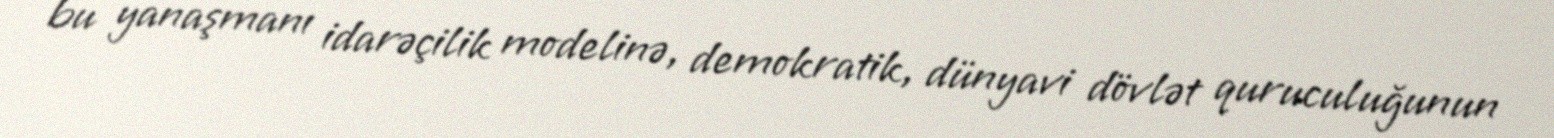
bu yanaşmanı idarəçilik modelinə, demokratik, dünyavi dövlət quruculuğunun